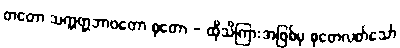
တတော သက္ကတ္တဘာဝတော စုတော - ထိုသိကြားအဖြစ်မှ စုတေလတ်သော်